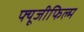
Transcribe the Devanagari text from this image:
फ्यूजीफिल्म